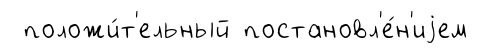
положи́т'ельный постановл'е́н'иjем